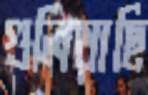
গুলিয়াছি